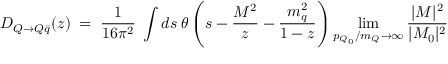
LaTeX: D _ { Q \to Q \bar { q } } ( z ) \; = \; \frac { 1 } { 1 6 \pi ^ { 2 } } \; \int d s \; \theta \left( s - { \frac { M ^ { 2 } } { z } } - { \frac { m _ { q } ^ { 2 } } { 1 - z } } \right) \operatorname * { l i m } _ { p _ { Q _ { 0 } } / m _ { Q } \rightarrow \infty } { \frac { | { \cal M } | ^ { 2 } } { | { \cal M } _ { 0 } | ^ { 2 } } } \;